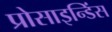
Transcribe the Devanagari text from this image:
प्रोसाइन्डिंस